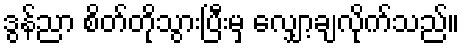
ဒွန်ညာ စိတ်တိုသွားပြီးမှ လျှော့ချလိုက်သည်။